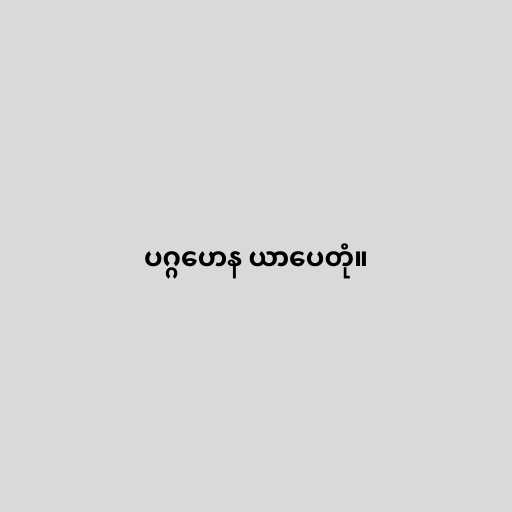
ပဂ္ဂဟေန ယာပေတုံ။